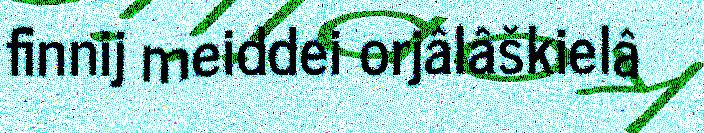
finnij meiddei orjâlâškielâ